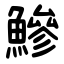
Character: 鰺